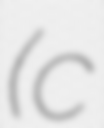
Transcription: (c